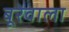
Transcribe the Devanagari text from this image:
बूरेवाला